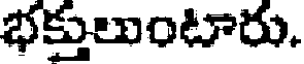
భక్తులుంటారు.